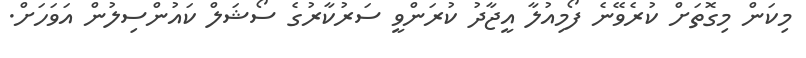
މިކަން މިގޮތަށް ކުރެވޭނެ ފޯމިއުލާ އީޖާދު ކުރަންވީ ސަރުކާރުގެ ސޯޝަލް ކައުންސިލުން އަވަހަށް.